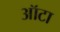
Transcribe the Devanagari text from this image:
ऑटा